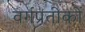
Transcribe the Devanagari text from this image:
वर्गप्रतीकों